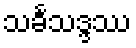
သင်္ခသဒ္ဒဿ